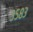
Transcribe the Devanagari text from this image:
३५८३